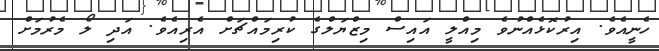
ހެނީއެވެ. އިރުކޮޅެއްނުވެ މިއްލީ އައިސް މިޒްޔަލްގެ ކުރިމައްޗަށް އެރިއެވެ. އަދި ލޯ މެރުމަށް